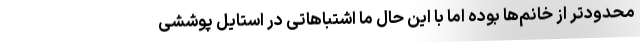
محدودتر از خانم‌ها بوده اما با این حال ما اشتباهاتی در استایل پوششی